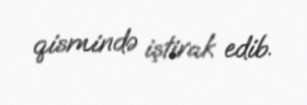
qismində iştirak edib.